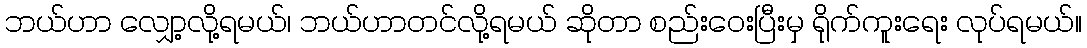
ဘယ်ဟာ လျှော့လို့ရမယ်၊ ဘယ်ဟာတင်လို့ရမယ် ဆိုတာ စည်းဝေးပြီးမှ ရိုက်ကူးရေး လုပ်ရမယ်။